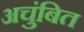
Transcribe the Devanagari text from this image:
अचुंबित